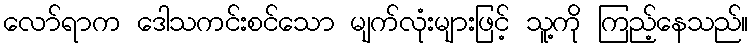
လော်ရာက ဒေါသကင်းစင်သော မျက်လုံးများဖြင့် သူ့ကို ကြည့်နေသည်။